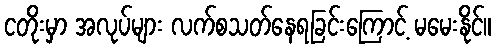
ငတိုးမှာ အလုပ်များ လက်စသတ်နေရခြင်းကြောင့် မမေးနိုင်။